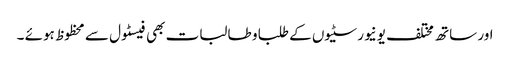
اور ساتھ مختلف یونیورسٹیوں کے طلبا و طالبات بھی فیسٹول سے محظوظ ہوئے ۔